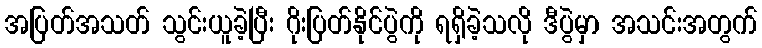
အပြတ်အသတ် သွင်းယူခဲ့ပြီး ဂိုးပြတ်နိုင်ပွဲကို ရရှိခဲ့သလို ဒီပွဲမှာ အသင်းအတွက်